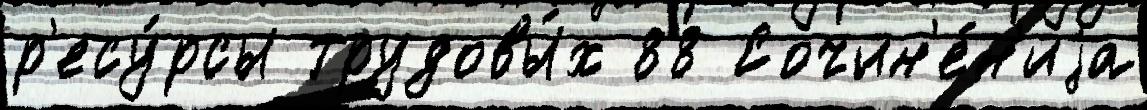
р'есу́рсы трудовы́х 88 Сочин'е́н'иjа